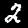
Label: 2